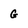
Character: G